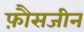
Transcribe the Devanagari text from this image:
फ़ौसजीन